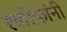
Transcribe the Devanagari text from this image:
श्लोकांनी